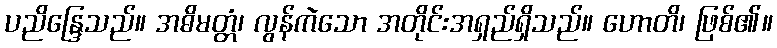
ပညိန္ဒြေသည်။ အဓိမတ္တံ၊ လွန်ကဲသော အတိုင်းအရှည်ရှိသည်။ ဟောတိ၊ ဖြစ်၏။